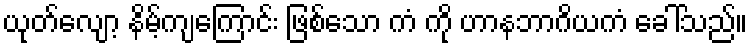
ယုတ်လျော့ နိမ့်ကျကြောင်း ဖြစ်သော ကံ ကို ဟာနဘာဂိယကံ ခေါ်သည်။